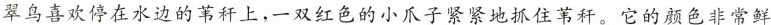
翠鸟喜欢停在水边的苇上，一双红色的小爪子紧紧地抓住苇秆。它的颜色非常鲜